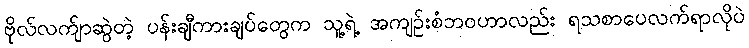
ဗိုလ်လက်ျာဆွဲတဲ့ ပန်းချီကားချပ်တွေက သူ့ရဲ့ အကျဉ်းစံဘဝဟာလည်း ရသစာပေလက်ရာလိုပဲ